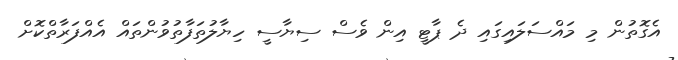
އެގޮތުން މި މައްސަލައިގައި ދެ ޕާޓީ އިން ވެސް ސިޔާސީ ހިޔާލުތަފާތުވުންތައް އެއްފަރާތްކޮށް